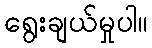
ရွေးချယ်မှုပါ။